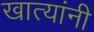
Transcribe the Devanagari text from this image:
खात्यांनी